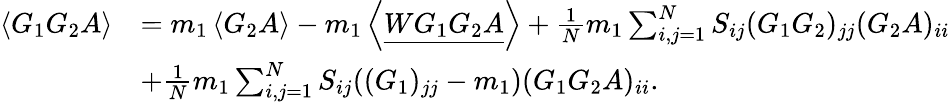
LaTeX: \begin{array}{rl}{\left\langle{G_{1}G_{2}A}\right\rangle}&{=m_{1}\left\langle{G_{2}A}\right\rangle-m_{1}\left\langle{\underline{{WG_{1}G_{2}A}}}\right\rangle+\frac{1}{N}m_{1}\sum_{i,j=1}^{N}S_{ij}(G_{1}G_{2})_{jj}(G_{2}A)_{ii}}\\ &{+\frac{1}{N}m_{1}\sum_{i,j=1}^{N}S_{ij}((G_{1})_{jj}-m_{1})(G_{1}G_{2}A)_{ii}.}\end{array}